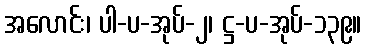
အလောင်း၊ ပါ-ပ-အုပ်-၂၊ ဋ္ဌ-ပ-အုပ်-၁၃၉။